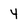
Character: 4